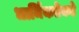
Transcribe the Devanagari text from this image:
धार्मिकतेकडे